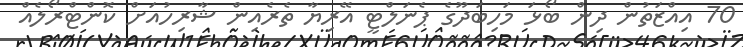
70 އިއްޒަތުން ދިން ބޯޅަ މަހިބަދޫގެ ޕެނަލްޓީ އޭރިޔާ ތެރެއިން ޝާރިހުއަށް ކޮންޓްރޯލެއް